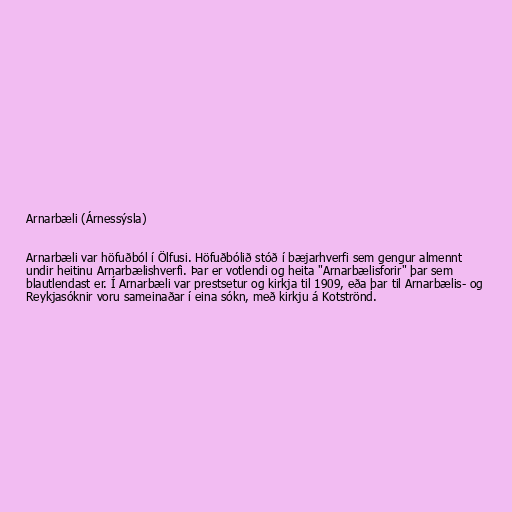
Arnarbæli (Árnessýsla)

Arnarbæli var höfuðból í Ölfusi. Höfuðbólið stóð í bæjarhverfi sem gengur almennt
undir heitinu Arnarbælishverfi. Þar er votlendi og heita "Arnarbælisforir" þar sem
blautlendast er. Í Arnarbæli var prestsetur og kirkja til 1909, eða þar til Arnarbælis- og
Reykjasóknir voru sameinaðar í eina sókn, með kirkju á Kotströnd.